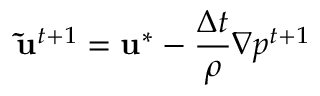
\mathbf { \widetilde { u } } ^ { t + 1 } = \mathbf { u } ^ { * } - \frac { \Delta t } { \rho } \nabla { p } ^ { t + 1 }